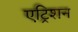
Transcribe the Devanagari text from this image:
एट्रिशन